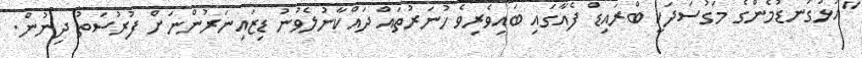
"އަޅުގަނޑުމެންގެ މަގުސަދަކީ ބްރައިޑް ފެއާގައި ބައިވެރިވެ ހުނަރުތައް ދައްކާނުލެވުނު ޑިޒައިނަރުންނަށް ފުރުސަތު ދިނުން.